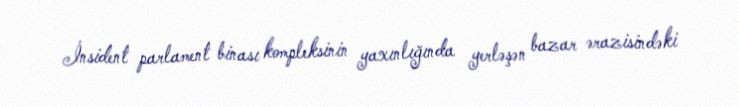
İnsident parlament binası kompleksinin yaxınlığında yerləşən bazar ərazisindəki